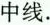
中线。